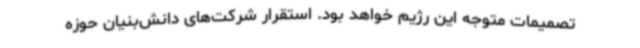
تصمیمات متوجه این رژیم خواهد بود. استقرار شرکت‌های دانش‌بنیان حوزه